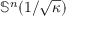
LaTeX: \mathbb { S } ^ { n } ( 1 / { \sqrt { \kappa } } )